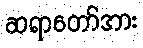
ဆရာတော်အား